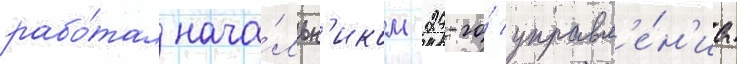
рабо́тал нача́льн'иком 27-го́ управл'е́н'иа